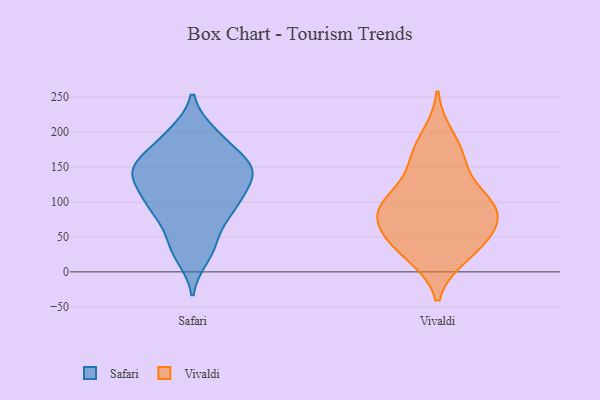
{"axis": {"x": "Market Share (%)", "y": "Value"}, "legend": ["Safari", "Vivaldi"], "data": [{"x": "", "y": 152, "type": "Safari"}, {"x": "", "y": 149, "type": "Safari"}, {"x": "", "y": 36, "type": "Safari"}, {"x": "", "y": 146, "type": "Safari"}, {"x": "", "y": 96, "type": "Safari"}, {"x": "", "y": 125, "type": "Safari"}, {"x": "", "y": 142, "type": "Safari"}, {"x": "", "y": 199, "type": "Safari"}, {"x": "", "y": 157, "type": "Safari"}, {"x": "", "y": 45, "type": "Safari"}, {"x": "", "y": 89, "type": "Safari"}, {"x": "", "y": 197, "type": "Safari"}, {"x": "", "y": 151, "type": "Safari"}, {"x": "", "y": 182, "type": "Safari"}, {"x": "", "y": 90, "type": "Safari"}, {"x": "", "y": 130, "type": "Safari"}, {"x": "", "y": 82, "type": "Safari"}, {"x": "", "y": 21, "type": "Safari"}, {"x": "", "y": 109, "type": "Safari"}, {"x": "", "y": 56, "type": "Vivaldi"}, {"x": "", "y": 99, "type": "Vivaldi"}, {"x": "", "y": 90, "type": "Vivaldi"}, {"x": "", "y": 195, "type": "Vivaldi"}, {"x": "", "y": 167, "type": "Vivaldi"}, {"x": "", "y": 48, "type": "Vivaldi"}, {"x": "", "y": 90, "type": "Vivaldi"}, {"x": "", "y": 67, "type": "Vivaldi"}, {"x": "", "y": 164, "type": "Vivaldi"}, {"x": "", "y": 95, "type": "Vivaldi"}, {"x": "", "y": 105, "type": "Vivaldi"}, {"x": "", "y": 22, "type": "Vivaldi"}, {"x": "", "y": 81, "type": "Vivaldi"}, {"x": "", "y": 23, "type": "Vivaldi"}, {"x": "", "y": 139, "type": "Vivaldi"}, {"x": "", "y": 42, "type": "Vivaldi"}]}